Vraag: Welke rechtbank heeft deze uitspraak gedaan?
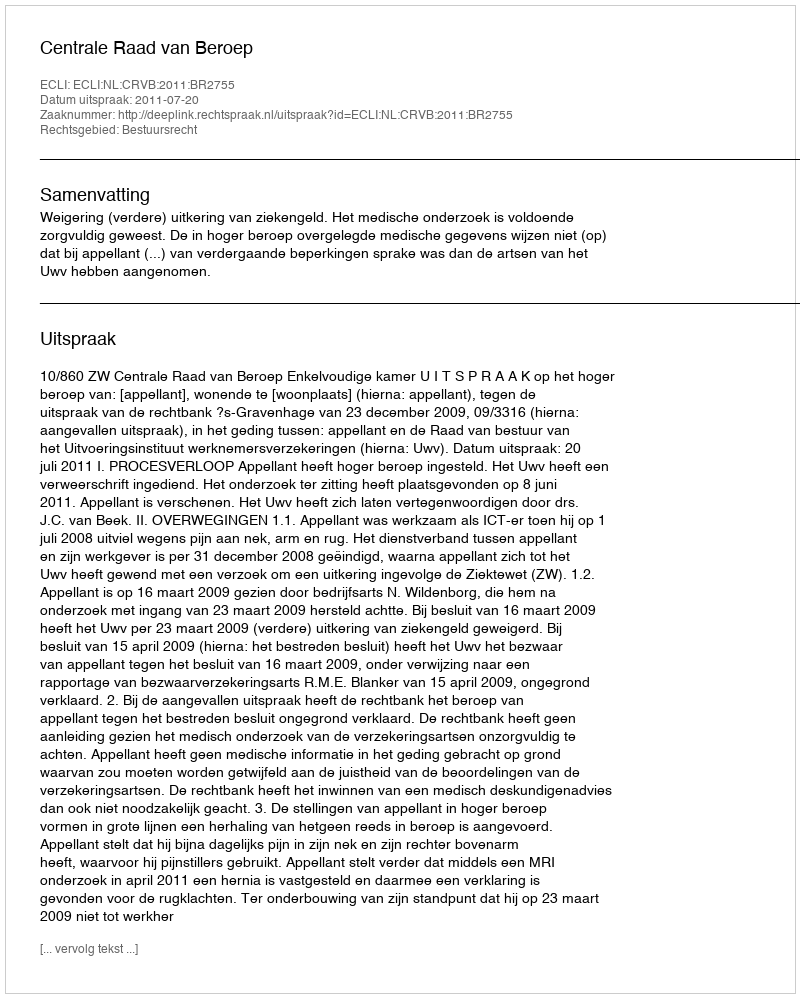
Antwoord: Centrale Raad van Beroep